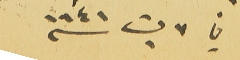
في ٧ ت١ سنه ١٩٤١